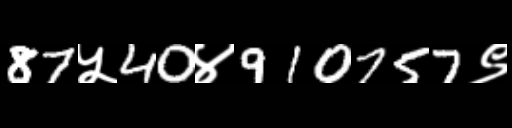
Text: 87५40४910757९